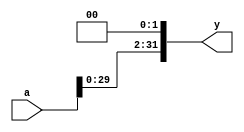
`timescale 1ns / 1ps

module sl2(
    input [31:0] a,
    output [31:0] y
    );
    
    assign y = {a[29:0], 2'b00};
    
endmodule